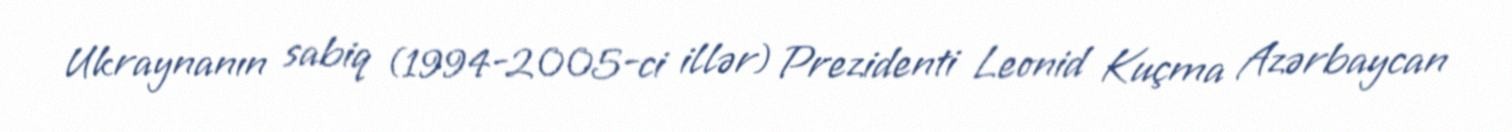
Ukraynanın sabiq (1994-2005-ci illər) Prezidenti Leonid Kuçma Azərbaycan